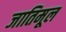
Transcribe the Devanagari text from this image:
जातिमूल